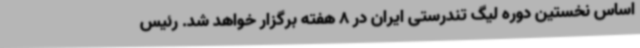
اساس نخستین دوره لیگ تندرستی ایران در 8 هفته برگزار خواهد شد. رئیس